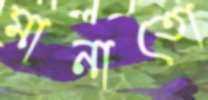
মানাতো